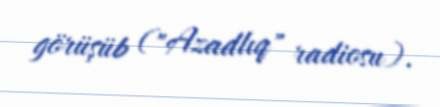
görüşüb ("Azadlıq" radiosu).